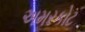
અમરકોટ